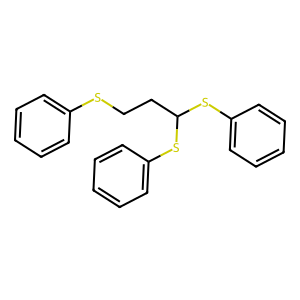
SMILES: c1ccc(SCCC(Sc2ccccc2)Sc2ccccc2)cc1
Inhibits HIV replication: No